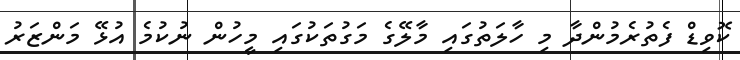
ކޮވިޑް ފެތުރެމުންދާ މި ހާލަތުގައި މާލޭގެ މަގުތަކުގައި މީހުން ނުކުމެ އުޅޭ މަންޒަރު